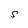
Character: S